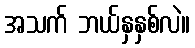
အသက် ဘယ်နှနှစ်လဲ။